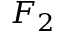
F _ { 2 }